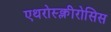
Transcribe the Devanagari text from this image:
एथरोस्क्लीरोसिस